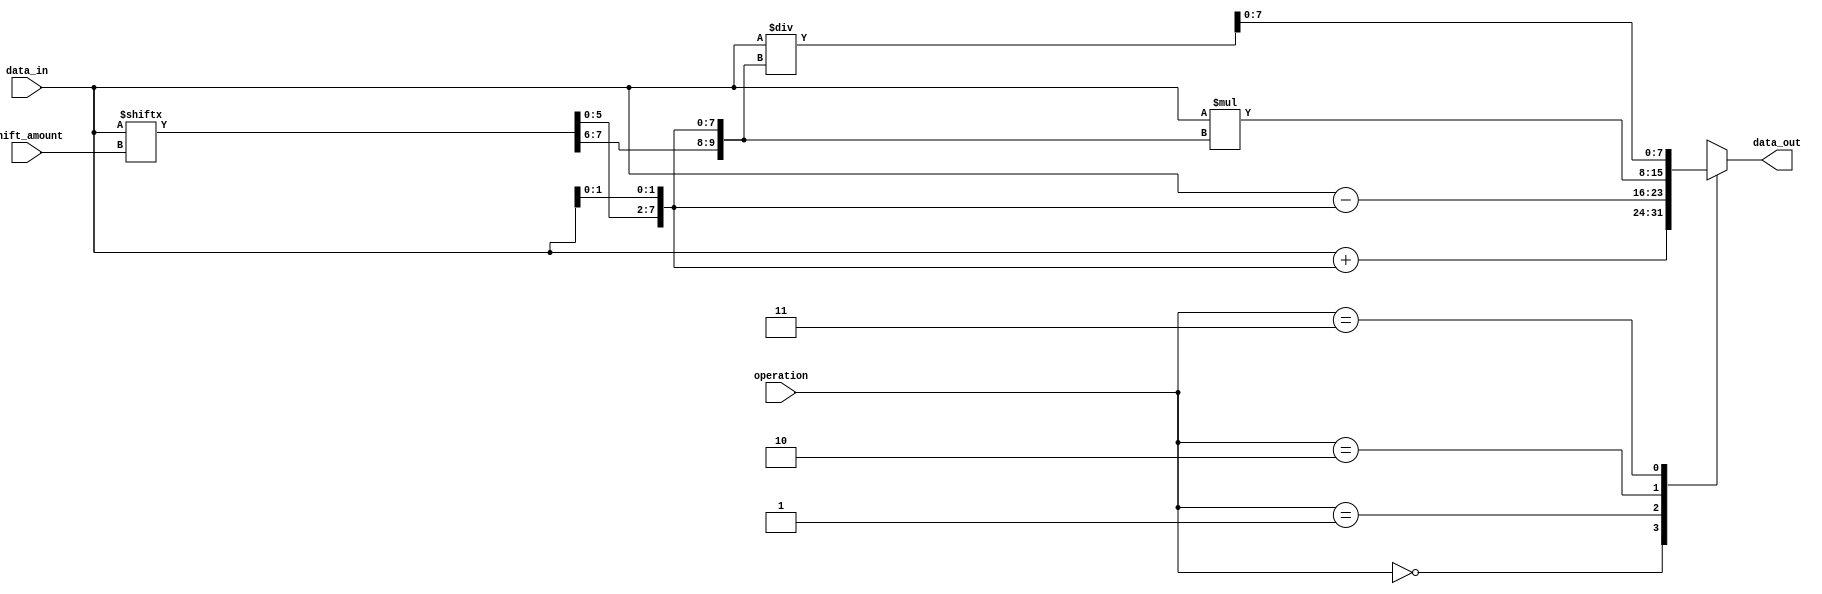
module BarrelShifter (
    input [7:0] data_in,
    input [2:0] shift_amount,
    input [1:0] operation, // 0: Addition, 1: Subtraction, 2: Multiplication, 3: Division
    output reg [7:0] data_out
);

reg [7:0] shifted_data;

always @ (data_in, shift_amount, operation)
begin
    case(operation)
        0: shifted_data = data_in + {data_in[7:shift_amount], data_in[shift_amount-1:0]}; // Addition
        1: shifted_data = data_in - {data_in[7:shift_amount], data_in[shift_amount-1:0]}; // Subtraction
        2: shifted_data = data_in * {data_in[7:shift_amount], data_in[shift_amount-1:0]}; // Multiplication
        3: shifted_data = data_in / {data_in[7:shift_amount], data_in[shift_amount-1:0]}; // Division
        default: shifted_data = data_in;
    endcase
end

assign data_out = shifted_data;

endmodule